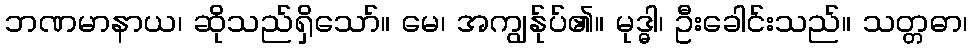
ဘဏမာနာယ၊ ဆိုသည်ရှိသော်။ မေ၊ အကျွန်ုပ်၏။ မုဒ္ဓါ၊ ဦးခေါင်းသည်။ သတ္တဓာ၊